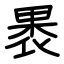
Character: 褁